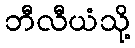
ဘီလီယံသို့